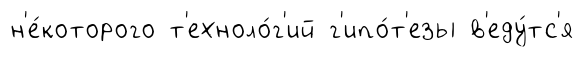
н'е́которого т'ехноло́г'ий г'ипо́т'езы в'еду́тс'я